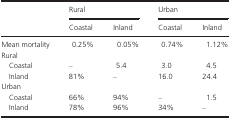
|  | <COLSPAN=2> Rural | <COLSPAN=2> Urban |
 |  | Coastal | Inland | Coastal | Inland |
 | --- | --- | --- | --- | --- |
 | Mean mortality | 0.25% | 0.05% | 0.74% | 1.12% |
 | <COLSPAN=5> Rural |
 | Coastal | – | 5.4 | 3.0 | 4.5 |
 | Inland | 81% | – | 16.0 | 24.4 |
 | <COLSPAN=5> Urban |
 | Coastal | 66% | 94% | – | 1.5 |
 | Inland | 78% | 96% | 34% | – |